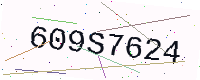
Text: 609S7624